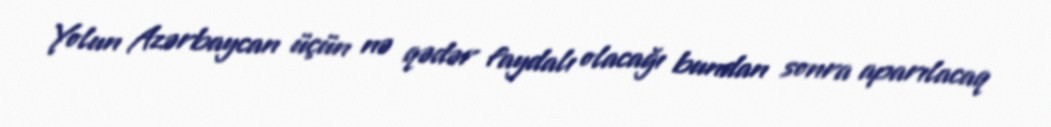
Yolun Azərbaycan üçün nə qədər faydalı olacağı bundan sonra aparılacaq